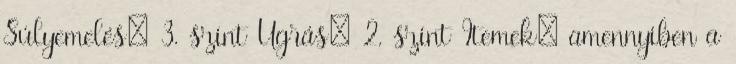
Súlyemelés: 3. szint Ugrás: 2. szint Itemek: amennyiben a